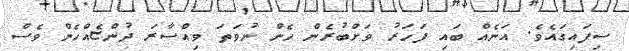
ސިފައިގައެވެ. އަނެއް ބައި ފަހަރު ވަށްބުރެން ހެން ނުވަތަ ވިއްސާރަ ދުންޏެއްހެން ވެސް